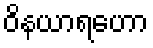
ဝိနယာရဟော